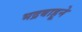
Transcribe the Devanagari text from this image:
भद्रबाहूने